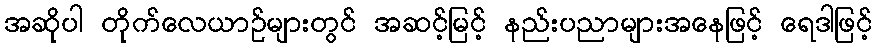
အဆိုပါ တိုက်လေယာဉ်များတွင် အဆင့်မြင့် နည်းပညာများအနေဖြင့် ရေဒါဖြင့်